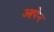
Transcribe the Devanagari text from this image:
आपेन